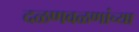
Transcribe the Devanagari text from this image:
दळणवळणांच्या